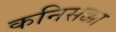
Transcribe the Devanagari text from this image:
कनिसक्का